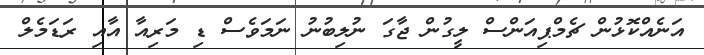
އަނެއްކޮޅުން ޗެމްޕިއަންސް ލީގުން ޖާގަ ނުލިބުނު ނަމަވެސް ޑި މަރިއާ އާއި ރަޑަމެލް